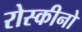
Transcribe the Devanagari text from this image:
रोस्कीनो